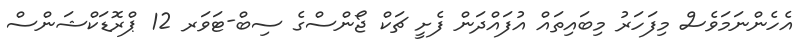
އެހެންނަމަވެސް މިފަހަރު މިބައިތައް އުފައްދަން ފެށީ ޗަކް ޖޯންސްގެ ސިބް-ޓަވަރ 12 ޕްރޮޑަކްޝަންސް